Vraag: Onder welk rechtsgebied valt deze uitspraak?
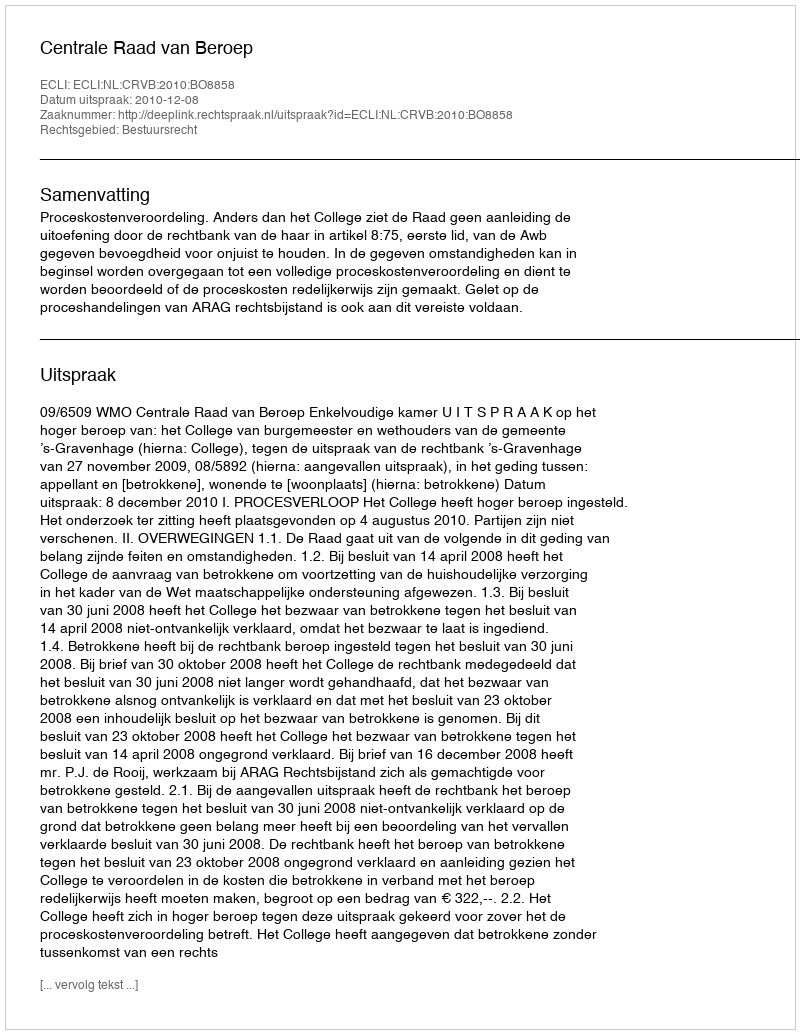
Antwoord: Bestuursrecht